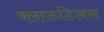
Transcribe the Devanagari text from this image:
क्लाऊडिअस